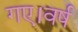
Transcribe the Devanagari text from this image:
गए।वर्ष